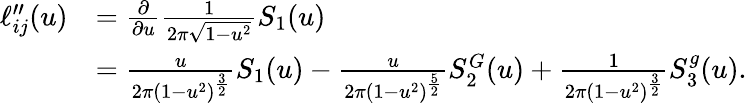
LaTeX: \begin{array}{rl}{\ell_{ij}^{\prime\prime}(u)}&{=\frac{\partial}{\partial u}\frac{1}{2\pi\sqrt{1-u^{2}}}S_{1}(u)}\\ &{=\frac{u}{2\pi(1-u^{2})^{\frac{3}{2}}}S_{1}(u)-\frac{u}{2\pi(1-u^{2})^{\frac{5}{2}}}S_{2}^{G}(u)+\frac{1}{2\pi(1-u^{2})^{\frac{3}{2}}}S_{3}^{g}(u).}\end{array}